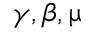
\gamma , \beta , \upmu